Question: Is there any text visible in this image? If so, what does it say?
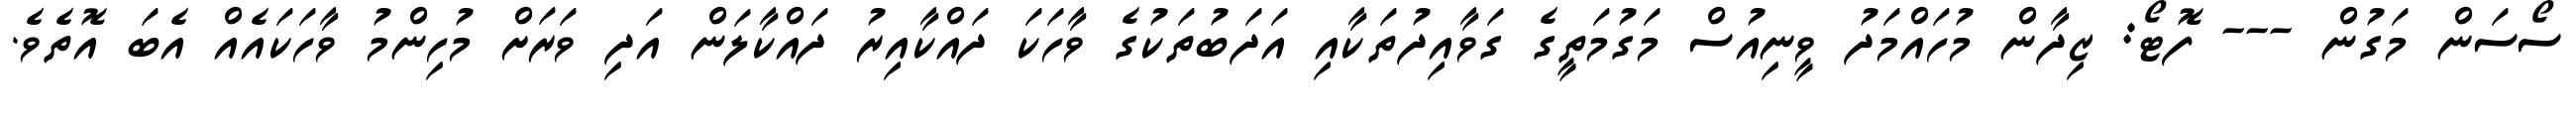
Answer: ސޯސަން މަގުން --- ފޮޓޯ: ޒިދާން މުހައްމަދު ވީނިއުސް މަގުމަތީގެ ގަވާއިދުތަކާއި އަދަބުތަކުގެ ވާހަކަ ދައްކާއިރު ދައްކާލަން އަދި ވަރަށް މުހިންމު ވާހަކައެއް އެބަ އޮތެވެ.